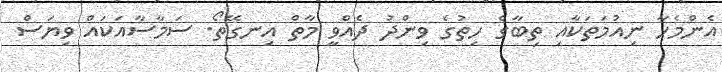
އެންމެހާ ނިއުމަތަކާއި ތިބާގެ ހިތުގެ ވިންދު ދެއްވީ މާތް އިނގޭތޯ. ސަމާސާއަކައް ވިޔަސް